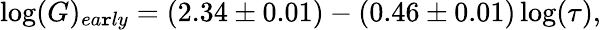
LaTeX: \log(G)_{ea\mathtt{r}ly}=(2.34\pm0.01)-(0.46\pm0.01)\log(\tau),